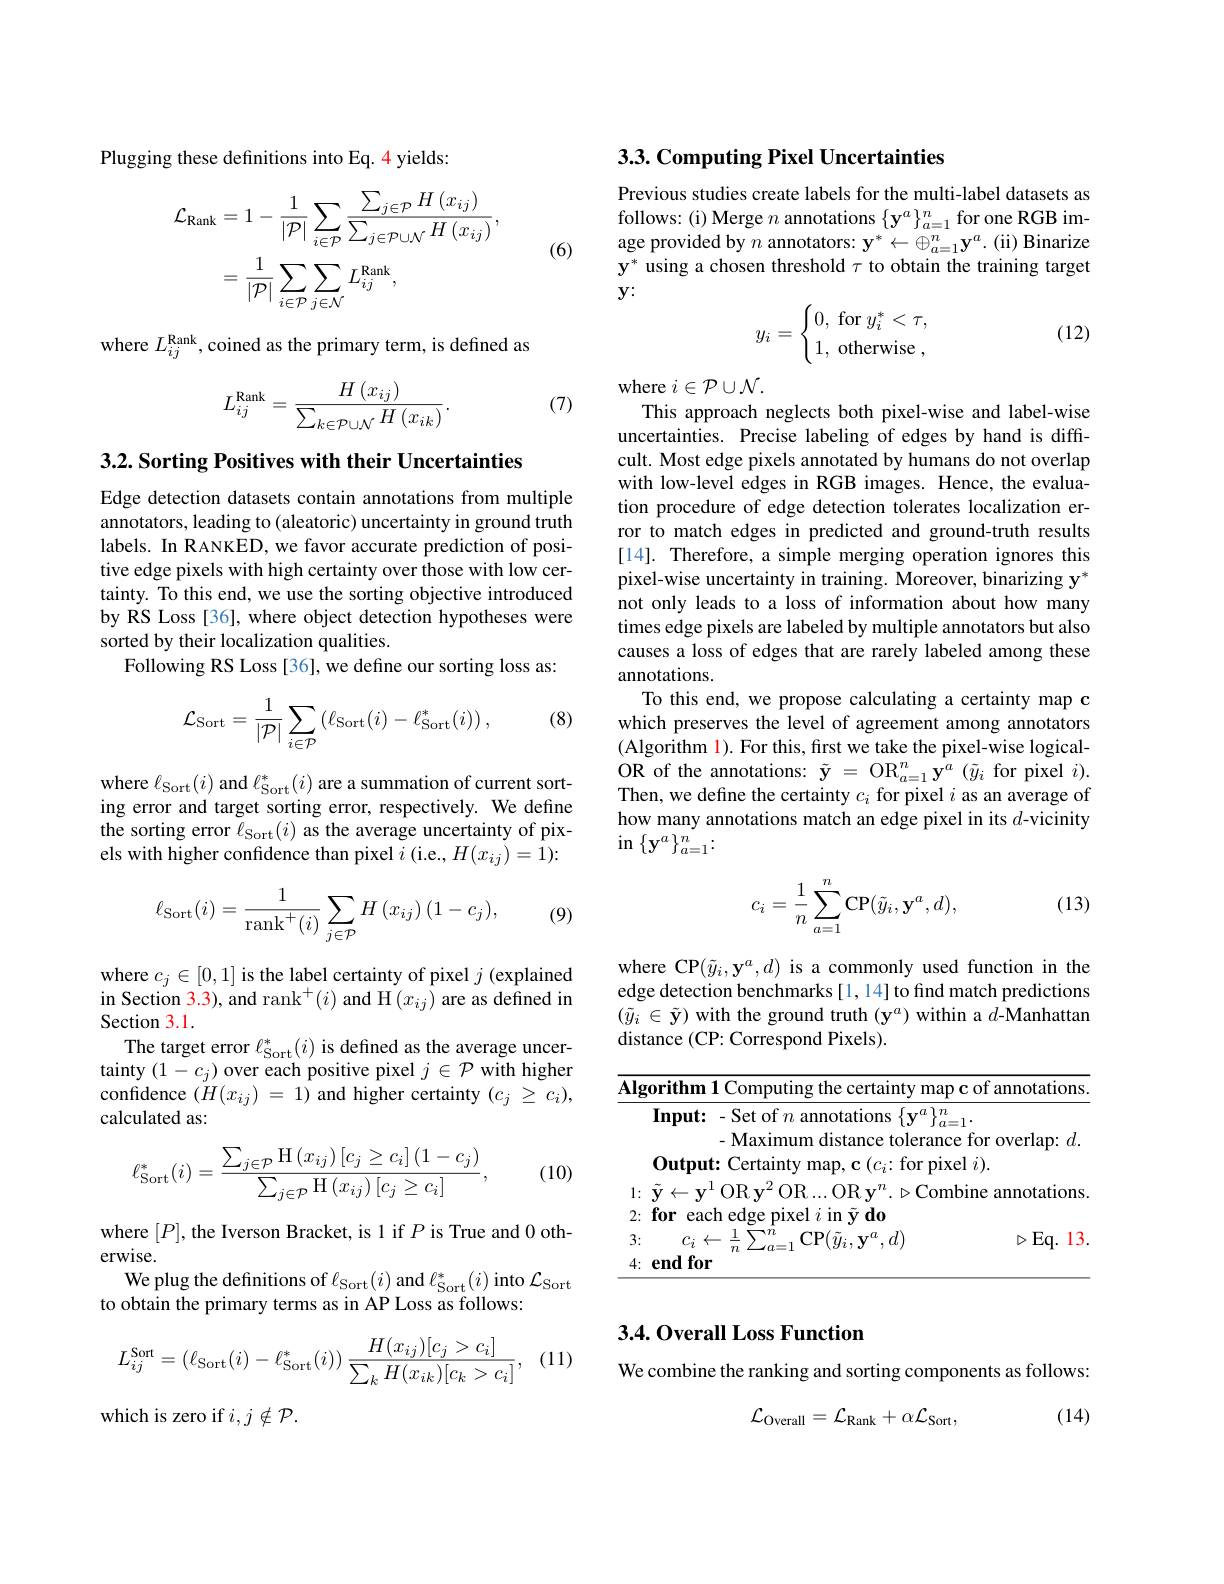
Plugging these definitions into Eq. 4 yields:
$$\begin{aligned}\mathcal{L}_{\mathrm{Rank}}&=1-\frac{1}{|\mathcal{P}|}\sum_{i\in\mathcal{P}}\frac{\sum_{j\in\mathcal{P}}H\left(x_{ij}\right)}{\sum_{j\in\mathcal{P}\cup\mathcal{N}}H\left(x_{ij}\right)},\\&=\frac{1}{|\mathcal{P}|}\sum_{i\in\mathcal{P}}\sum_{j\in\mathcal{N}}L_{ij}^{\mathrm{Rank}},\end{aligned}$$
(6)

where $L_ij^{\mathrm{Rank}}$,coined as the primary term, is defined as
$$L_{ij}^{\mathrm{Rank}}=\frac{H\left(x_{ij}\right)}{\sum_{k\in\mathcal{P}\cup\mathcal{N}}H\left(x_{ik}\right)}.$$
(7)

3.2. Sorting Positives with their Uncertainties

Edge detection datasets contain annotations from multiple annotators, leading to (aleatoric) uncertainty in ground truth labels. In RANKED, we favor accurate prediction of positive edge pixels with high certainty over those with low certainty. To this end, we use the sorting objective introduced by RS Loss [36], where object detection hypotheses were sorted by their localization qualities.
Following RS Loss [36], we define our sorting loss as:

(8)
$$\mathcal{L}_{\mathrm{Sort}}=\frac{1}{|\mathcal{P}|}\sum_{i\in\mathcal{P}}\left(\ell_{\mathrm{Sort}}(i)-\ell_{\mathrm{Sort}}^{*}(i)\right),$$
where $\ell_{\mathrm{Sort}}(i)$ and $\ell_{\mathrm{Sort}}^{*}(i)$ are a summation of current sorting error and target sorting error, respectively. We define the sorting error $\ell_\mathrm{Sort}(i)$ as the average uncertainty of pixels with higher confidence than pixel $i$ (i.e., $H(x_ij)=1):$

(9)
$$\ell_{\mathrm{Sort}}(i)=\frac{1}{\mathrm{rank}^{+}(i)}\sum_{j\in\mathcal{P}}H\left(x_{ij}\right)(1-c_{j}),$$
where $c_j\in[0,1]$ is the label certainty of pixel $j$ (explained in Section 3.3),and rank$^+(i)$ and H$(x_ij)$ are as defined in Section 3.1.
The target error $\ell_\mathrm{Sort}^*(i)$ is defined as the average uncertainty $(1-c_{j})$ over each positive pixel $j\in\mathcal{P}$ with higher confdence $( H( x_{ij})$ = 1) and higher certainty $( c_j$ $\geq$ $c_i) $, calculated as:
$$\ell_{\mathrm{Sort}}^{*}(i)=\frac{\sum_{j\in\mathcal{P}}\mathrm{H}\left(x_{ij}\right)\left[c_{j}\geq c_{i}\right]\left(1-c_{j}\right)}{\sum_{j\in\mathcal{P}}\mathrm{H}\left(x_{ij}\right)\left[c_{j}\geq c_{i}\right]},$$
(10)

where $[P]$,the Iverson Bracket, is 1 if $P$ is True and 0 oth-
erwise.
We plug the definitions of $\ell_\mathrm{Sort}(i)$ and $\ell_\mathrm{Sort}^*(i)$ into $\mathcal{L}_\mathrm{Sort}$
to obtain the primary terms as in AP Loss as follows:

(11)
$$L_{ij}^{\text{Sort}}=\left(\ell_{\text{Sort}}(i)-\ell_{\text{Sort}}^*(i)\right)\frac{H(x_{ij})[c_j>c_i]}{\sum_kH(x_{ik})[c_k>c_i]},$$
which is zero if $i,j\notin\mathcal{P}.$

3.3. Computing Pixel Uncertainties

Previous studies create labels for the multi-label datasets as follows: (i) Merge $n$ annotations $\{\mathbf{y}^a\}_{a=1}^n$ for one RGB image provided by $n$ annotators: $\mathbf{y} ^* \leftarrow \oplus _{a= 1}^n\mathbf{y} ^a.$ (ii) Binarize $\mathbf{y}^*$ using a chosen threshold $\tau$ to obtain the training target $y:$
$$y_i=\begin{cases}0,\text{for}y_i^*<\tau,\\1,\text{otherwise}\:,\end{cases}$$
(12)

where $i\in\mathcal{P}\cup\mathcal{N}.$
This approach neglects both pixel-wise and label-wise uncertainties. Precise labeling of edges by hand is difficult. Most edge pixels annotated by humans do not overlap with low-level edges in RGB images. Hence, the evaluation procedure of edge detection tolerates localization error to match edges in predicted and ground-truth results [14]. Therefore, a simple merging operation ignores this pixel-wise uncertainty in training. Moreover, binarizing $\mathbf{y}^*$ not only leads to a loss of information about how many times edge pixels are labeled by multiple annotators but also causes a loss of edges that are rarely labeled among these annotations.
To this end, we propose calculating a certainty map c which preserves the level of agreement among annotators (Algorithm l). For this, first we take the pixel-wise logicalOR of the annotations: $\tilde{y}$ = O$R_a= 1^{n}y^{a}$ ( $\tilde{y} _{i}$ $\mathrm{for~pixel~}$i) . Then, we define the certainty $c_i$ for pixel $i$ as an average of how many annotations match an edge pixel in its $d$-vicinity $\operatorname{in}\left\{\mathbf{y}^{a}\right\}_{a=1}^{n}\colon$

(13)
$$c_i=\dfrac{1}{n}\sum_{a=1}^n\mathrm{CP}(\tilde{y}_i,\mathbf{y}^a,d),$$
where CP$(\tilde{y}_i,\mathbf{y}^a,d)$ is a commonly used function in the edge detection benchmarks [1,14] to find match predictions $(\tilde{y}_i\in\tilde{\mathbf{y}})$ with the ground truth (y$^a)$ within a $d$-Manhattan distance (CP: Correspond Pixels).

<table>
	<tbody>
		<tr>
			<td>${\mathrm{e~for~overlap:}}$ $d.$ ance :(1) pixel $i).$ 12</td>
		</tr>
	</tbody>
</table>

## 3.4. Overall Loss Function

We combine the ranking and sorting components as follows:

(14)
$$\mathcal{L}_{\mathrm{Overall}}=\mathcal{L}_{\mathrm{Rank}}+\alpha\mathcal{L}_{\mathrm{Sort}},$$